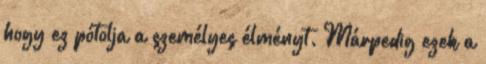
hogy ez pótolja a személyes élményt. Márpedig ezek a